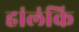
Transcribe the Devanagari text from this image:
हांलंकि